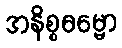
အနိစ္စဓမ္မော